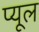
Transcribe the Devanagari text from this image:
प्यूल